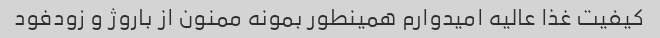
کیفیت غذا عالیه امیدوارم همینطور بمونه ممنون از باروژ و زودفود